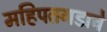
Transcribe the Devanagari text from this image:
महिपतगडाचे